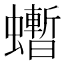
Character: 𧔜